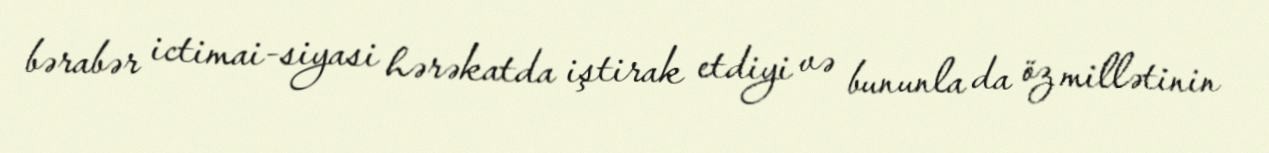
bərabər ictimai-siyasi hərəkatda iştirak etdiyi və bununla da öz millətinin